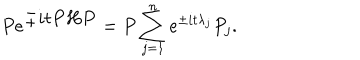
LaTeX: P e ^ { \textstyle \pm i t P H P } = P \sum _ { j = 1 } ^ { n } e ^ { \pm i t { \lambda } _ { j } } P _ { j } .